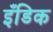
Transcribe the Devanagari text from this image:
इँडिक